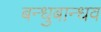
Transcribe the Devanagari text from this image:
बन्धुबान्धव